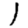
Digit: 1